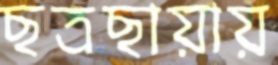
ছত্রছায়ায়